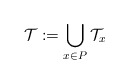
\begin{align*} \mathcal{T} := \bigcup_{x \in P} \mathcal{T}_{x} \end{align*}